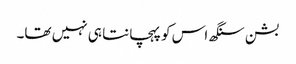
بشن سنگھ اس کو پہچانتا ہی نہیں تھا۔